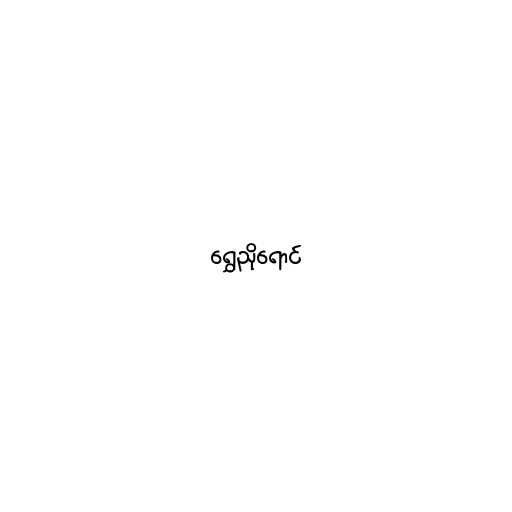
ရွှေညိုရောင်